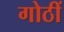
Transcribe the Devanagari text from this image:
गोठीं